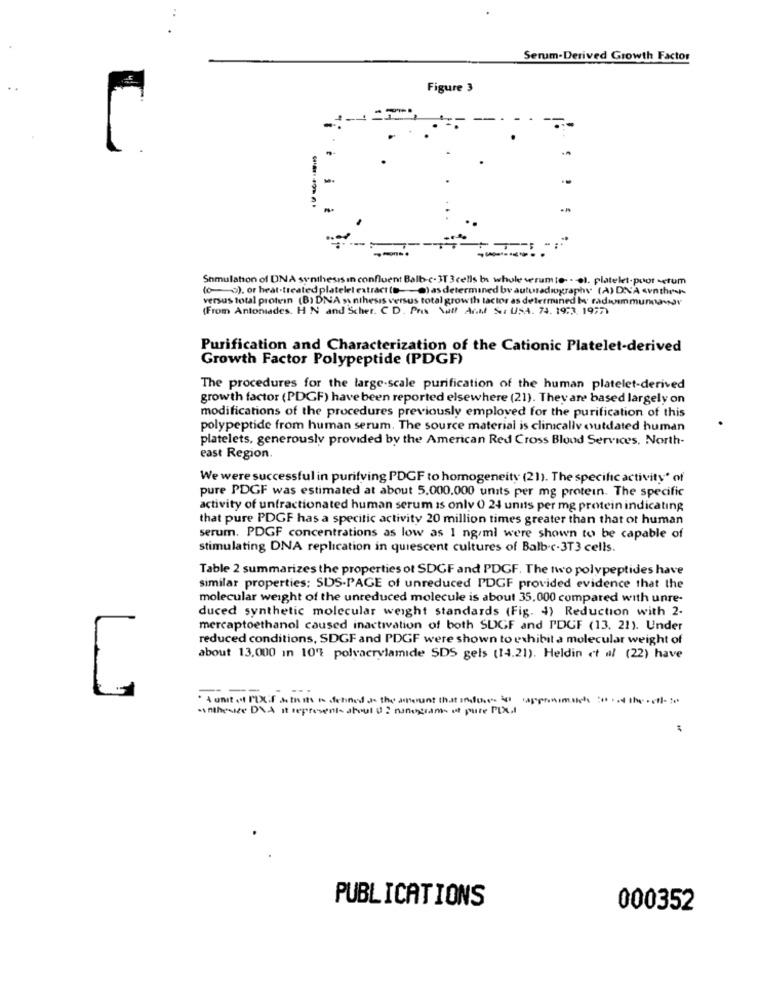
Serum-Derived Growth Factor
Figure 3
€
Simulation of DNA synthesis in confluent Balb-c-3T 3 cells b whole verum to- - ol. platelet-poot -erum
(o). or heat-treated platelet extract (s) as determined by autoradiographs (A) DNA <onthe-
versus total protein (B) DNA >\ nthesis versus total growth tactor as determined by radioimmunnavar
(From Antoniades. H N and Scher. C D. Pro Wi Anal Si USA. 74. 1973 19777
Purification and Characterization of the Cationic Platelet-derived
Growth Factor Polypeptide (PDGF)
The procedures for the large-scale purification of the human platelet-derived
growth factor (PDGF) have been reported elsewhere (21). They are based largely on
modifications of the procedures previously emploved for the purification of this
polypeptide from human serum. The source material is clinically outdated human
platelets, generously provided by the American Red Cross Blood Services, North-
east Region.
We were successful in purifying PDGF to homogeneity (21). The specific activity" of
pure PDGF was estimated at about 5,000,000 units per mg protein. The specific
activity of unfractionated human serum is only 0 24 units per mg protein indicating
that pure PDGF has a specific activity 20 million times greater than that of human
serum. PDGF concentrations as low as 1 ng/ml were shown to be capable of
stimulating DNA replication in quiescent cultures of Balb.c-3T3 cells.
Table 2 summarizes the properties ot SDGF and PDGF. The two polypeptides have
similar properties: SDS-PAGE of unreduced PDGF provided evidence that the
molecular weight of the unreduced molecule is about 35,000 compared with unre-
duced synthetic molecular weight standards (Fig. 4) Reduction with 2.
mercaptoethanol caused inactivation of both SDGF and PDCF (13. 21). Under
reduced conditions, SDGF and PDGF were shown to exhibit a molecular weight of
about 13,000 In 10% polyacrylamide SDS gels (14.21). Heldin et al (22) have
. A unit ( PDXCf a. this Is dehned J. the amount that Induce. it
.inthesize DVA It represents about 0 2 nanogram- ut pure PULI
PUBLICATIONS
000352